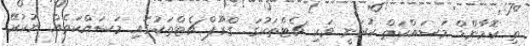
ތި ކޮމާންޑް މަސައްކަތް ކުރަނީ ވަކި ޗެޓްތަކުގަ. ގްރޫޕް ޗެޓްތަކުގައި މަސައްކަތެއް ނުކުރޭ